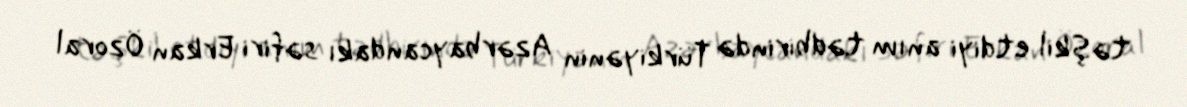
təşkil etdiyi anım tədbirində Türkiyənin Azərbaycandakı səfiri Erkan Özoral